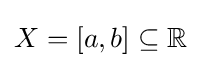
X=[a,b]\subseteq \mathbb {R}